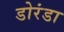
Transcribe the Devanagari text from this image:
डोरंडा